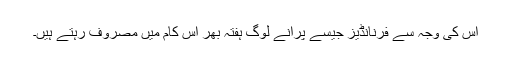
اس کی وجہ سے فرنانڈیز جیسے پرانے لوگ ہفتہ بھر اس کام میں مصروف رہتے ہیں۔